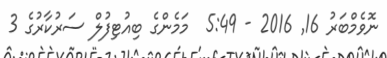
ނޮވެމްބަރު 16